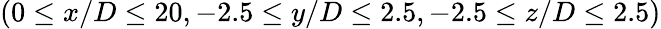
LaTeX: (0\le x/D\le 20,-2.5\le y/D\le 2.5,-2.5\le z/D\le 2.5)